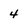
Character: 4